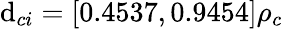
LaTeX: \mathrm{d}_{ci}=[0.4537,0.9454]\rho_{c}